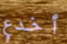
أخدع